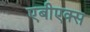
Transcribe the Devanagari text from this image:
एबीएक्स